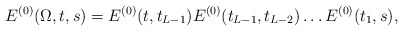
\begin{align*}E^{(0)}(\Omega,t,s)=E^{(0)}(t,t_{L-1}) E^{(0)}(t_{L-1},t_{L-2})\ldots E^{(0)}(t_1,s),\end{align*}